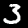
Digit: 3